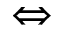
\Leftrightarrow